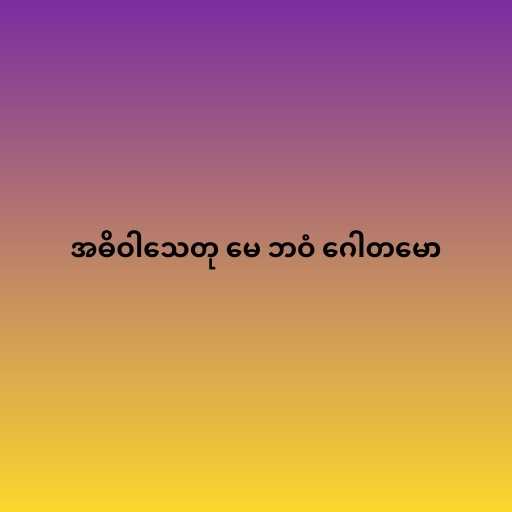
အဓိဝါသေတု မေ ဘဝံ ဂေါတမော